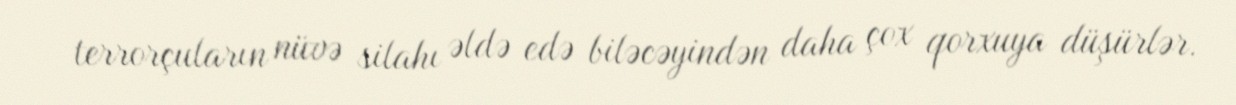
terrorçuların nüvə silahı əldə edə biləcəyindən daha çox qorxuya düşürlər.